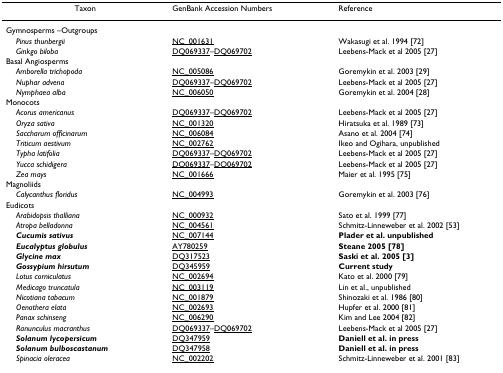
<table><thead><tr><td><b>Taxon</b></td><td><b>GenBank Accession Numbers</b></td><td><b>Reference</b></td></tr></thead><tbody><tr><td>Gymnosperms –Outgroups</td><td></td><td></td></tr><tr><td> <i>Pinus thunbergii</i></td><td>NC_001631</td><td>Wakasugi et al. 1994 [72]</td></tr><tr><td> <i>Ginkgo biloba</i></td><td>DQ069337–DQ069702</td><td>Leebens-Mack et al 2005 [27]</td></tr><tr><td>Basal Angiosperms</td><td></td><td></td></tr><tr><td> <i>Amborella trichopoda</i></td><td>NC_005086</td><td>Goremykin et al. 2003 [29]</td></tr><tr><td> <i>Nuphar advena</i></td><td>DQ069337–DQ069702</td><td>Leebens-Mack et al 2005 [27]</td></tr><tr><td> <i>Nymphaea alba</i></td><td>NC_006050</td><td>Goremykin et al. 2004 [28]</td></tr><tr><td>Monocots</td><td></td><td></td></tr><tr><td> <i>Acorus americanus</i></td><td>DQ069337–DQ069702</td><td>Leebens-Mack et al 2005 [27]</td></tr><tr><td> <i>Oryza sativa</i></td><td>NC_001320</td><td>Hiratsuka et al. 1989 [73]</td></tr><tr><td> <i>Saccharum officinarum</i></td><td>NC_006084</td><td>Asano et al. 2004 [74]</td></tr><tr><td> <i>Triticum aestivum</i></td><td>NC_002762</td><td>Ikeo and Ogihara, unpublished</td></tr><tr><td> <i>Typha latifolia</i></td><td>DQ069337–DQ069702</td><td>Leebens-Mack et al 2005 [27]</td></tr><tr><td> <i>Yucca schidigera</i></td><td>DQ069337–DQ069702</td><td>Leebens-Mack et al 2005 [27]</td></tr><tr><td> <i>Zea mays</i></td><td>NC_001666</td><td>Maier et al. 1995 [75]</td></tr><tr><td>Magnoliids</td><td></td><td></td></tr><tr><td> <i>Calycanthus floridus</i></td><td>NC_004993</td><td>Goremykin et al. 2003 [76]</td></tr><tr><td>Eudicots</td><td></td><td></td></tr><tr><td> <i>Arabidopsis thalliana</i></td><td>NC_000932</td><td>Sato et al. 1999 [77]</td></tr><tr><td> <i>Atropa belladonna</i></td><td>NC_004561</td><td>Schmitz-Linneweber et al. 2002 [53]</td></tr><tr><td> <b><i>Cucumis sativus</i></b></td><td>NC_007144</td><td><b>Plader et al. unpublished</b></td></tr><tr><td> <b><i>Eucalyptus globulus</i></b></td><td>AY780259</td><td><b>Steane 2005 [78]</b></td></tr><tr><td> <b><i>Glycine max</i></b></td><td>DQ317523</td><td><b>Saski et al. 2005 [3]</b></td></tr><tr><td> <b><i>Gossypium hirsutum</i></b></td><td>DQ345959</td><td><b>Current study</b></td></tr><tr><td> <i>Lotus corniculatus</i></td><td>NC_002694</td><td>Kato et al. 2000 [79]</td></tr><tr><td> <i>Medicago truncatula</i></td><td>NC_003119</td><td>Lin et al., unpublished</td></tr><tr><td> <i>Nicotiana tabacum</i></td><td>NC_001879</td><td>Shinozaki et al. 1986 [80]</td></tr><tr><td> <i>Oenothera elata</i></td><td>NC_002693</td><td>Hupfer et al. 2000 [81]</td></tr><tr><td> <i>Panax schinseng</i></td><td>NC_006290</td><td>Kim and Lee 2004 [82]</td></tr><tr><td> <i>Ranunculus macranthus</i></td><td>DQ069337–DQ069702</td><td>Leebens-Mack et al 2005 [27]</td></tr><tr><td> <b><i>Solanum lycopersicum</i></b></td><td>DQ347959</td><td><b>Daniell et al. in press</b></td></tr><tr><td> <b><i>Solanum bulboscastanum</i></b></td><td>DQ347958</td><td><b>Daniell et al. in press</b></td></tr><tr><td> <i>Spinacia oleracea</i></td><td>NC_002202</td><td>Schmitz-Linneweber et al. 2001 [83]</td></tr></tbody></table>